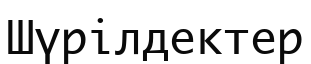
Шүрілдектер